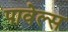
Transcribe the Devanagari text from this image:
पावेल्स